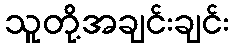
သူတို့အချင်းချင်း